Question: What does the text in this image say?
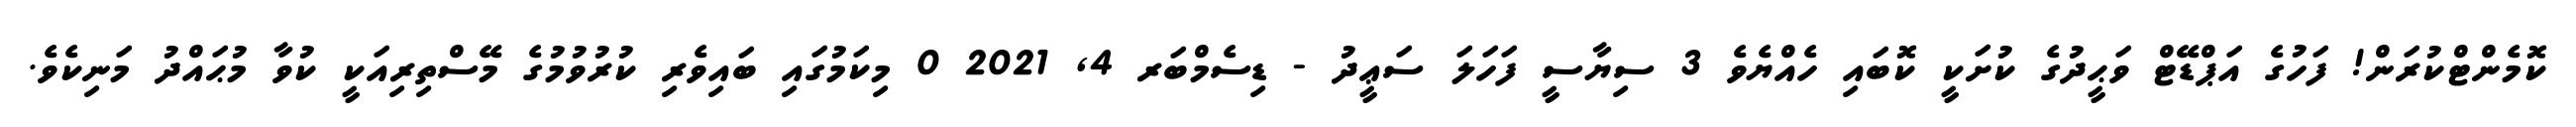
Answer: ކޮމެންޓްކުރަން! ފަހުގެ އަޕްޑޭޓް ވަޙީދުގެ ކުށަކީ ކޮބައި ހެއްޔެވެ 3 ސިޔާސީ ފަހަލަ ސަޢީދު - ޑިސެމްބަރ 4, 2021 0 މިކަމުގައި ބައިވެރި ކުރުވުމުގެ މޭސްތިރިއަކީ ކުވާ މުޙައްދު މަނިކެވެ.